Annual administration and progress report of the Indian Medical Department, Bombay
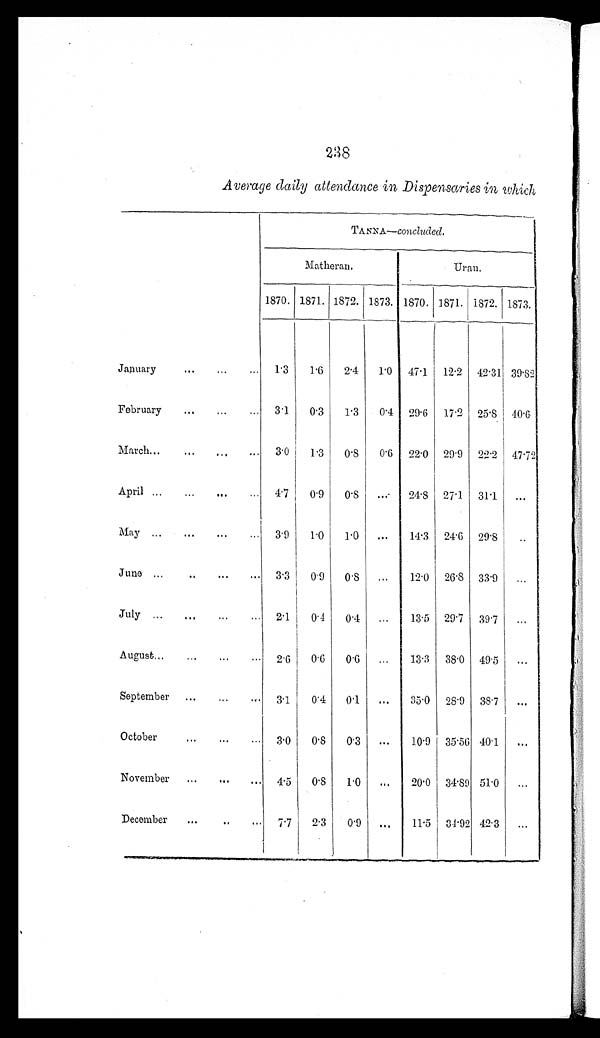
238
Average daily attendance in Dispensaries in which
TANNA— concluded.
Ma t h e r a n .
Uran.
1870. 1871. 1872. 1873. 1870. 1871. 1872. 1873.
January
...
...
...
1.3
1.6
2.4
1.0
47.1
12.2 42.31 39.82
February
...
...
... 3.1
0.3
1.3
0.4 29.6
17.2 25.8 40.6
March...
... ...
...
3.0
1.3
0.8
0.6 22.0 29.9 22.2 47.72
April ...
...
...
4.7
0.9
0.8
...
24.8 27.1 31.1
...
May
...
...
...
3.9
1.0
1.0
...
14.3 24.6 29.8
...
June ...
... ... ...
3.3
0.9
0.8 ...
12.0 26.8 33.9
...
July ...
...
...
2.1
0.4
0.4
...
13.5 29.7 39.7
...
August...
...
...
... 2.6 0.6
0.6
...
13.3
38.0 49.5
...
September
...
...
3.1
0.4
0.1
...
35.0 28.9 38.7
...
October
...
...
...
3.0
0.8
0.3
...
10.9 35.56 40.1
...
November
...
...
..
4.5
0.81.0
...
20.0 34.89 51.0
...
December
...
...
7.7
2.3
0.9 ...
11.5 34.92 42.3
...